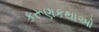
કરૂણકથાઓ